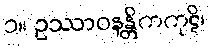
၁။ ဥဿာဝနန္တိကကုဋိ၊